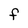
Character: F